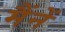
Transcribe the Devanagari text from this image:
मैंनें